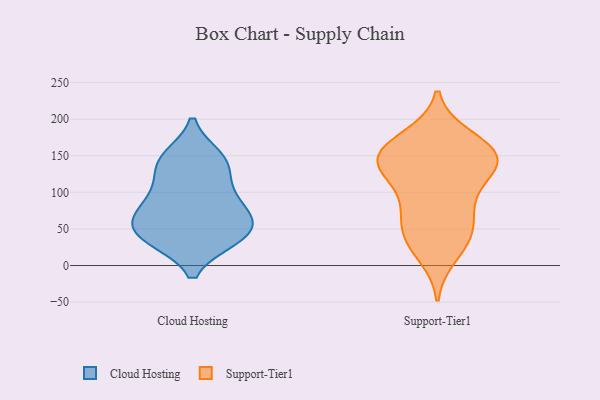
{"axis": {"x": "LTV (USD)", "y": "Value"}, "legend": ["Cloud Hosting", "Support-Tier1"], "data": [{"x": "", "y": 59, "type": "Cloud Hosting"}, {"x": "", "y": 123, "type": "Cloud Hosting"}, {"x": "", "y": 148, "type": "Cloud Hosting"}, {"x": "", "y": 63, "type": "Cloud Hosting"}, {"x": "", "y": 145, "type": "Cloud Hosting"}, {"x": "", "y": 92, "type": "Cloud Hosting"}, {"x": "", "y": 42, "type": "Cloud Hosting"}, {"x": "", "y": 36, "type": "Cloud Hosting"}, {"x": "", "y": 100, "type": "Cloud Hosting"}, {"x": "", "y": 36, "type": "Cloud Hosting"}, {"x": "", "y": 66, "type": "Cloud Hosting"}, {"x": "", "y": 76, "type": "Cloud Hosting"}, {"x": "", "y": 143, "type": "Cloud Hosting"}, {"x": "", "y": 37, "type": "Cloud Hosting"}, {"x": "", "y": 15, "type": "Support-Tier1"}, {"x": "", "y": 133, "type": "Support-Tier1"}, {"x": "", "y": 91, "type": "Support-Tier1"}, {"x": "", "y": 155, "type": "Support-Tier1"}, {"x": "", "y": 75, "type": "Support-Tier1"}, {"x": "", "y": 37, "type": "Support-Tier1"}, {"x": "", "y": 175, "type": "Support-Tier1"}, {"x": "", "y": 156, "type": "Support-Tier1"}, {"x": "", "y": 150, "type": "Support-Tier1"}, {"x": "", "y": 71, "type": "Support-Tier1"}, {"x": "", "y": 141, "type": "Support-Tier1"}, {"x": "", "y": 35, "type": "Support-Tier1"}, {"x": "", "y": 122, "type": "Support-Tier1"}, {"x": "", "y": 169, "type": "Support-Tier1"}, {"x": "", "y": 138, "type": "Support-Tier1"}, {"x": "", "y": 137, "type": "Support-Tier1"}, {"x": "", "y": 48, "type": "Support-Tier1"}]}